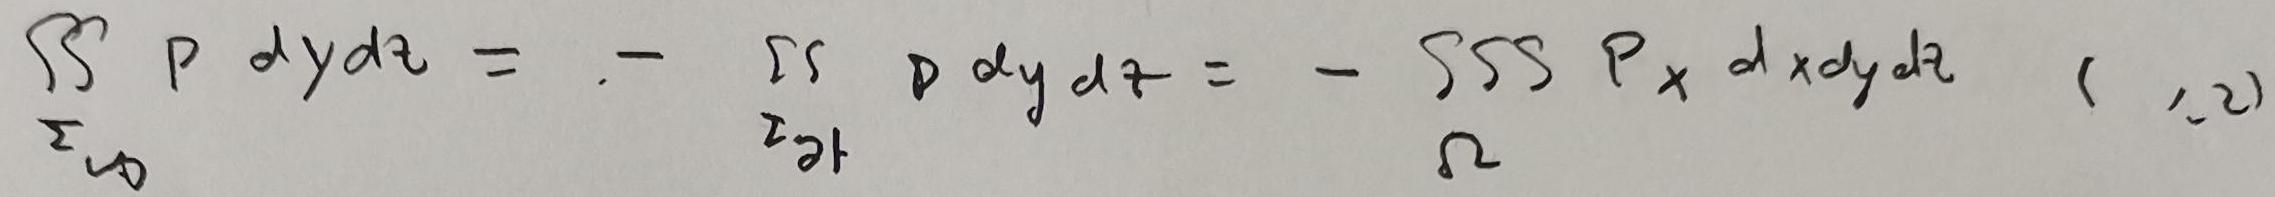
\[ \iint_{\Sigma_0} P \, dy dz = - \iint_{\Sigma_{\partial \Omega}} P \, dy dz = - \iiint_{\Omega} P_x \, dx dy dz \quad (1.2) \]